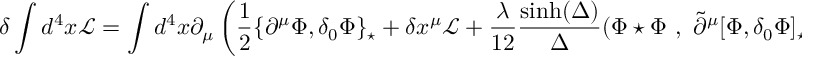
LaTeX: \delta \int d ^ { 4 } x \mathcal { L } = \int d ^ { 4 } x \partial _ { \mu } \left( \frac 1 2 \{ \partial ^ { \mu } \Phi , \delta _ { 0 } \Phi \} _ { \star } + \delta x ^ { \mu } \mathcal { L } + \frac { \lambda } { 1 2 } \frac { \sinh ( \Delta ) } { \Delta } ( \Phi \star \Phi ~ , ~ \tilde { \partial } ^ { \mu } [ \Phi , \delta _ { 0 } \Phi ] _ { \star } ) \right) .